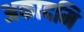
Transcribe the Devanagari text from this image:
अकादमि